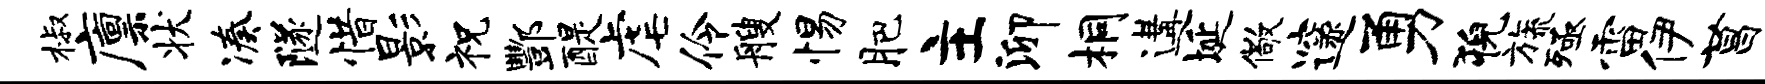
椒廪状凑隧惜影祝酆醍虐伶艘惕肥主泖桐遘埏儆邃勇猊旒殛雷伊菖